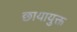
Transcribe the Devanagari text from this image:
छायायुक्त